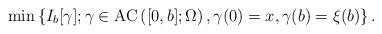
LaTeX: \begin{align*} \min \left\{ I_b [\gamma] ; \gamma \in \mathrm{AC}\left([0, b]; \Omega \right) , \gamma(0) = x, \gamma(b) =\xi(b) \right\}.\end{align*}